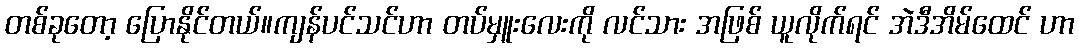
တစ်ခုတော့ ပြောနိုင်တယ်။ကျန်ပင်သင်ဟာ တပ်မှူးလေးကို လင်သား အဖြစ် ယူလိုက်ရင် အဲဒီအိမ်ထေင် ဟာ